Annual report on the Civil Veterinary Department, Burma (including the Insein Veterinary School) - 1910-1922
Year: 1910
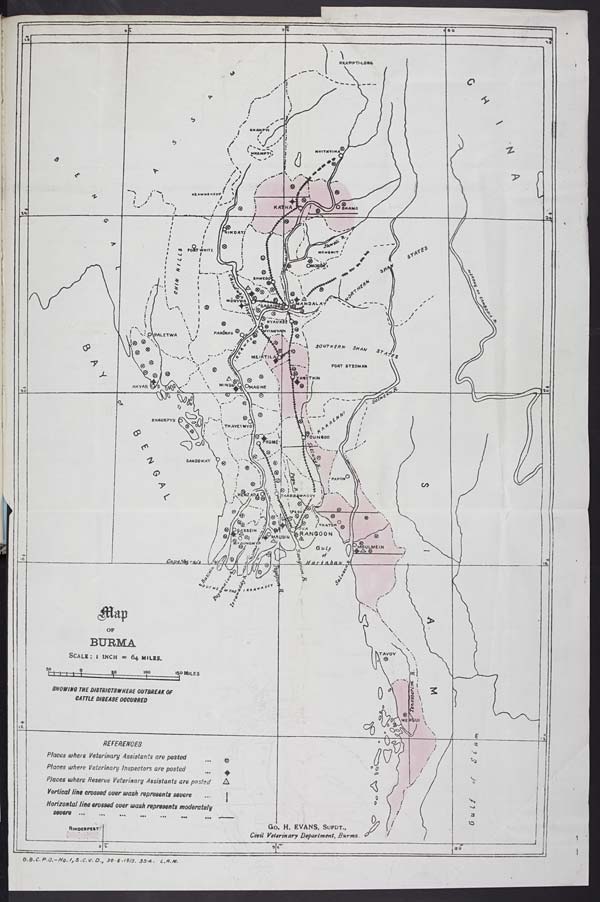
NLSTO
INSERT COLOUR